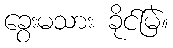
ခွေးမသား ခိုင်မြဲ။